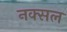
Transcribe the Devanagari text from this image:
नक्‍सल